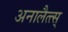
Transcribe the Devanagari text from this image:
अनालैत्त्स्